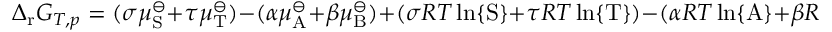
\Delta _ { \mathrm { r } } G _ { T , p } = ( \sigma \mu _ { \mathrm { S } } ^ { \ominus } + \tau \mu _ { \mathrm { T } } ^ { \ominus } ) - ( \alpha \mu _ { \mathrm { A } } ^ { \ominus } + \beta \mu _ { \mathrm { B } } ^ { \ominus } ) + ( \sigma R T \ln \{ \mathrm { S } \} + \tau R T \ln \{ \mathrm { T } \} ) - ( \alpha R T \ln \{ \mathrm { A } \} + \beta R T \ln \{ \mathrm { B } \} )